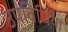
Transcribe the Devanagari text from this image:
उपविधियां